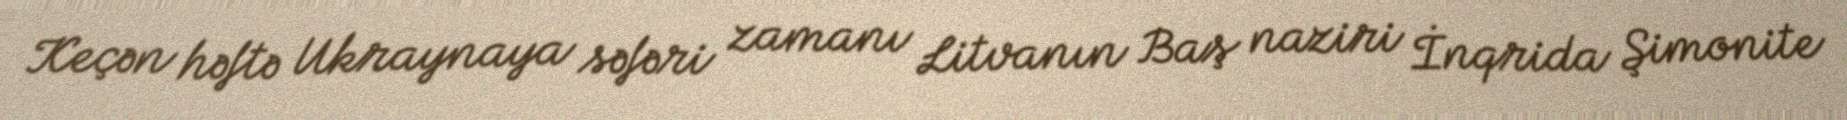
Keçən həftə Ukraynaya səfəri zamanı Litvanın Baş naziri İnqrida Şimonite